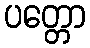
ပတ္တော